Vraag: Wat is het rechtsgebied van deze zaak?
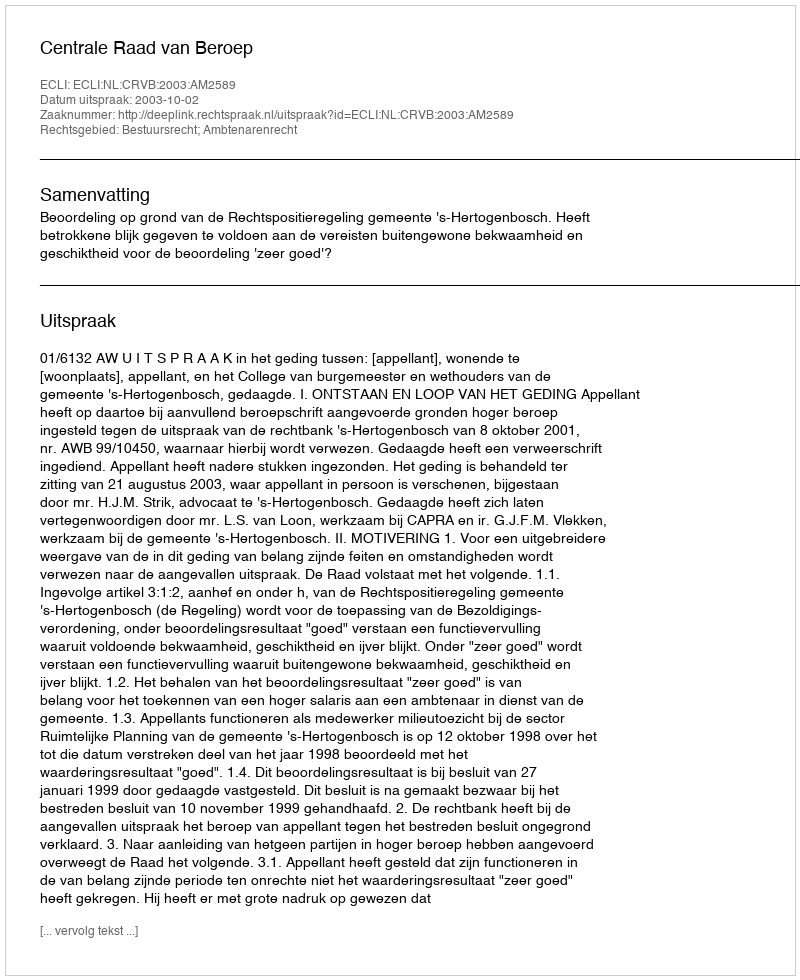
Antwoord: Bestuursrecht; Ambtenarenrecht